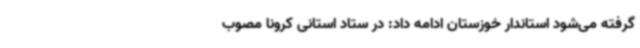
گرفته می‌شود استاندار خوزستان ادامه داد: در ستاد استانی کرونا مصوب